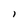
Character: 1